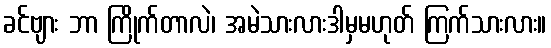
ခင်ဗျား ဘာ ကြိုက်တာလဲ၊ အမဲသားလားဒါမှမဟုတ် ကြက်သားလား။